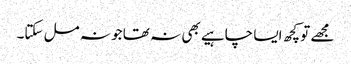
مجھے تو کچھ ایسا چاہیے بھی نہ تھا جو نہ مل سکتا۔